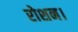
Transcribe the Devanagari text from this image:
रोशन।